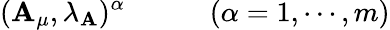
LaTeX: (\mathbf{A}_{\mu},\lambda_{\mathbf{A}})^{\alpha}\qquad\quad(\alpha=1,\cdots,m)